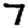
Digit: 7